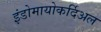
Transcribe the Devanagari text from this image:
इंडोमायोकर्दिअल